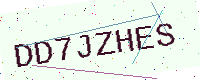
Text: DD7JZHES